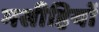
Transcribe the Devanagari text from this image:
मसीहियों